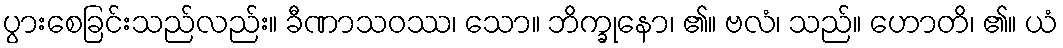
ပွားစေခြင်းသည်လည်း။ ခီဏာသဝဿ၊ သော။ ဘိက္ခုနော၊ ၏။ ဗလံ၊ သည်။ ဟောတိ၊ ၏။ ယံ